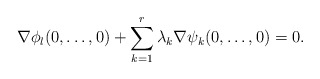
\begin{align*}\nabla\phi_l(0,\dots,0)+\sum\limits_{k=1}^r \lambda_k\nabla\psi_{k}(0,\dots,0)=0.\end{align*}